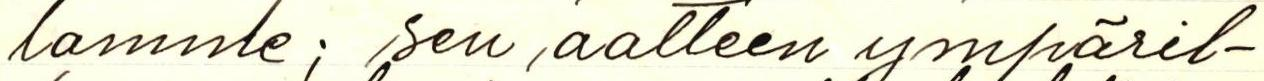
lamme; sen aatteen ympäril-